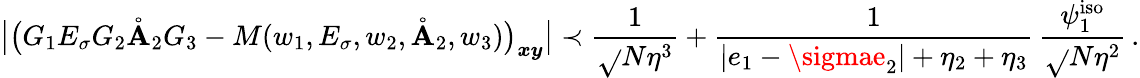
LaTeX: \big\vert\big(G_{1}E_{\sigma}G_{2}\mathring{\mathbf{A}}_{2}G_{3}-M(w_{1},E_{\sigma},w_{2},\mathring{\mathbf{A}}_{2},w_{3})\big)_{\boldsymbol{x}\boldsymbol{y}}\big\vert\prec\frac{{1}}{{\sqrt{}{{N\eta^{3}}}}}+\frac{{1}}{{|e_{1}-\sigmae_{2}|+\eta_{2}+\eta_{3}}}\, \frac{{\psi_{1}^{\mathrm{{iso}}}}}{{\sqrt{}{{N\eta^{2}}}}}\, .